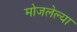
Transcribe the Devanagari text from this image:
मोजलेल्या